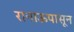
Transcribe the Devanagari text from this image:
रानाऊपासून